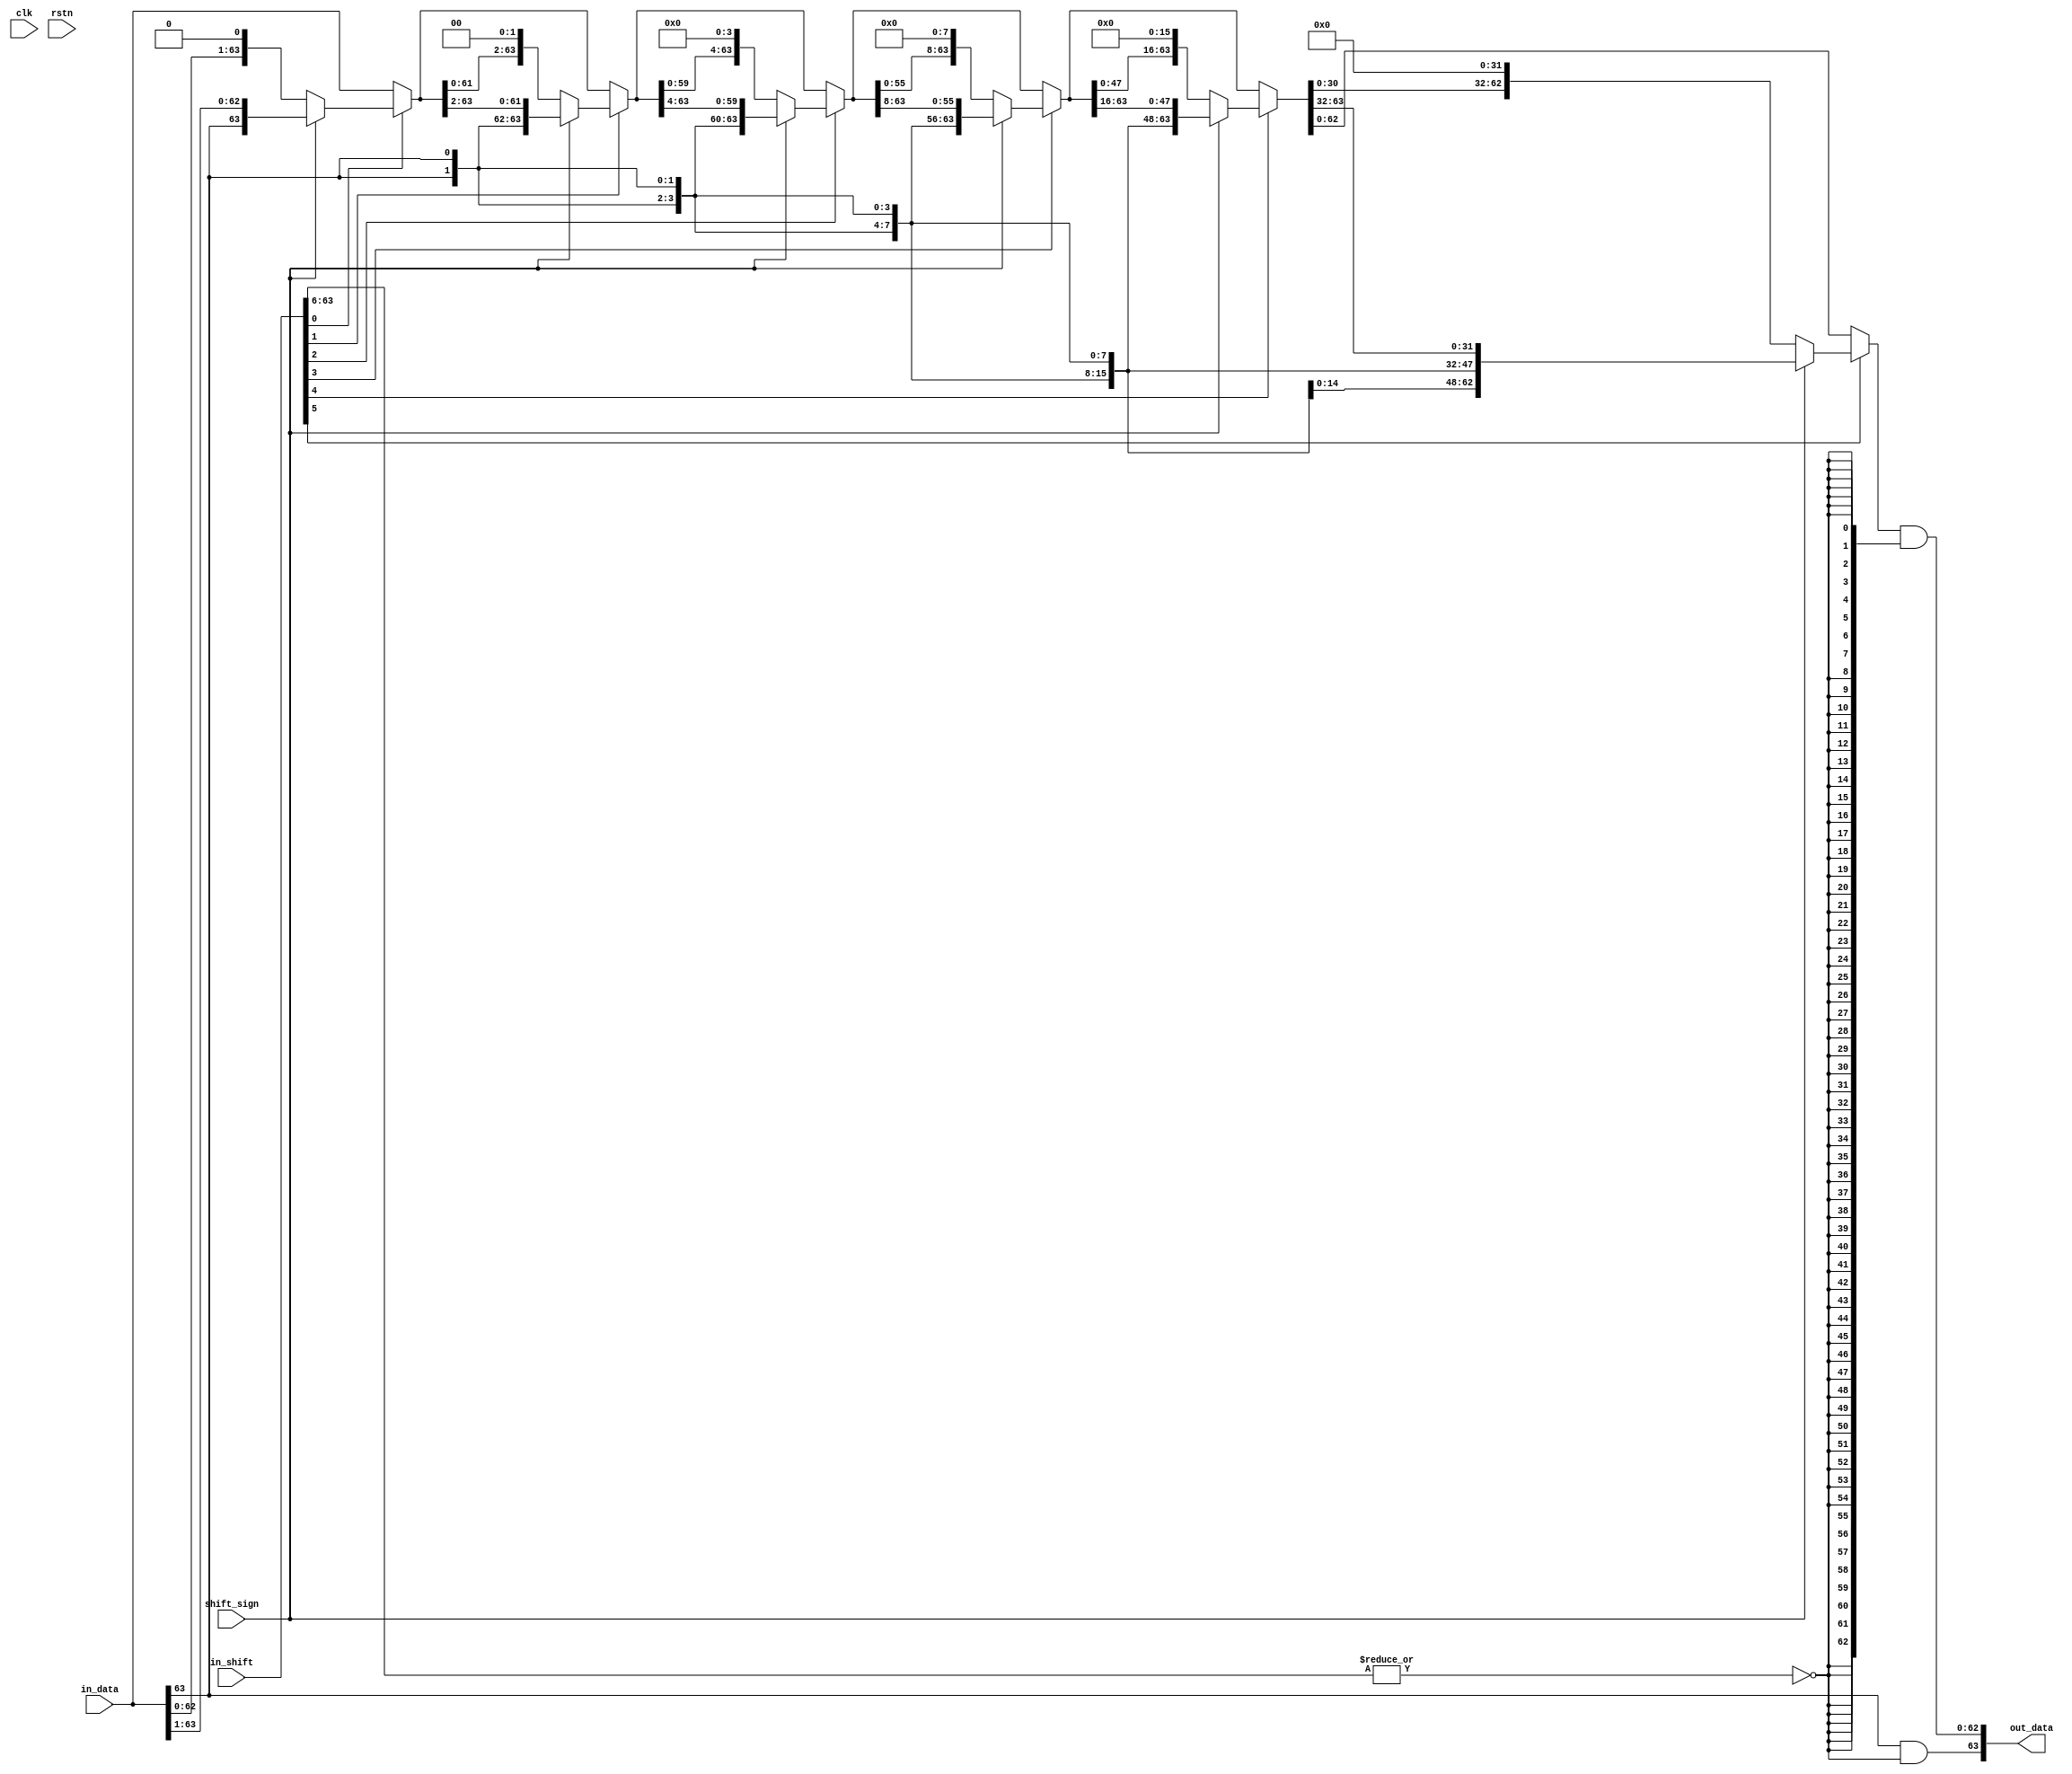
// IO Params
`define FXP64S_ADDR 63:0
`define FXP64S_WIDTH 64
`define FXP64S_SIGN 63
`define FXP64S_MAG 62:0
`define FXP64S_LSB_POW -48

module fxp64s_var_shifter(
	input clk,
	input rstn,
	// Input Stream
	input [`FXP64S_ADDR] in_data,
	input [`FXP64S_ADDR] in_shift,
	input shift_sign, // 0: LS | 1: RS
	// Output Stream
	output [`FXP64S_ADDR] out_data
);
	wire [63:0] sat_val;
	wire saturate;
	wire [5:0] shift_val;
	assign saturate = ~|in_shift[63:6];
	assign shift_val = in_shift[5:0];
	// Stages
	wire [63:0] stage_val [6:0];
	assign stage_val[0] = in_data;
	assign stage_val[1] = shift_val[0] ? (shift_sign ? {{1{in_data[63]}}, stage_val[0][63:1]} : { stage_val[0][62:0], {1{1'b0}} }) : stage_val[0];
	assign stage_val[2] = shift_val[1] ? (shift_sign ? {{2{in_data[63]}}, stage_val[1][63:2]} : { stage_val[1][61:0], {2{1'b0}} }) : stage_val[1];
	assign stage_val[3] = shift_val[2] ? (shift_sign ? {{4{in_data[63]}}, stage_val[2][63:4]} : { stage_val[2][59:0], {4{1'b0}} }) : stage_val[2];
	assign stage_val[4] = shift_val[3] ? (shift_sign ? {{8{in_data[63]}}, stage_val[3][63:8]} : { stage_val[3][55:0], {8{1'b0}} }) : stage_val[3];
	assign stage_val[5] = shift_val[4] ? (shift_sign ? {{16{in_data[63]}}, stage_val[4][63:16]} : { stage_val[4][47:0], {16{1'b0}} }) : stage_val[4];
	assign stage_val[6] = shift_val[5] ? (shift_sign ? {{32{in_data[63]}}, stage_val[5][63:32]} : { stage_val[5][31:0], {32{1'b0}} }) : stage_val[5];
	assign out_data[63] = in_data[63] & saturate;
	assign out_data[62:0] = stage_val[6][62:0] & {63{saturate}};

endmodule